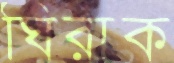
ঘিরাক